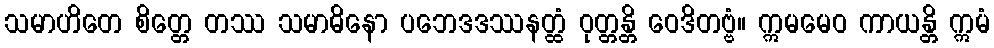
သမာဟိတေ စိတ္တေ တဿ သမာဓိနော ပဘေဒဒဿနတ္ထံ ဝုတ္တန္တိ ဝေဒိတဗ္ဗံ။ ဣမမေဝ ကာယန္တိ ဣမံ